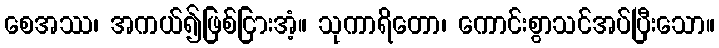
စေအဿ၊ အကယ်၍ဖြစ်ငြားအံ့။ သုကာရိတော၊ ကောင်းစွာသင်အပ်ပြီးသော။